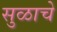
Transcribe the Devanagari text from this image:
सुळाचे